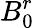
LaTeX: B_{0}^{r}